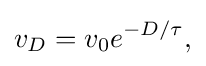
v_{D}=v_{0}e^{-D/\tau },\,\!